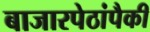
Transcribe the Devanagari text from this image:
बाजारपेठांपैकी